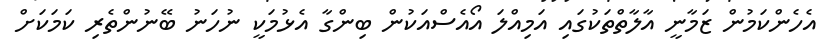
އެހެންކަމުން ޒަމާނީ އާލާތްތަކުގައި އަމިއްލަ އޯއެސްއަކުން ބިންގާ އެޅުމަކީ ނުހަނު ބޭނުންތެރި ކަމަކަށް